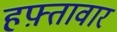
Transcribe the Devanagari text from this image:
हफ़्तावार